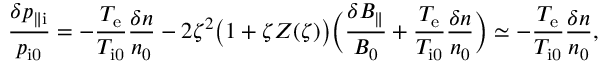
\frac { \delta p _ { \parallel \mathrm { i } } } { p _ { \mathrm { i 0 } } } = - \frac { T _ { \mathrm { e } } } { T _ { \mathrm { i 0 } } } \frac { \delta n } { n _ { 0 } } - 2 \zeta ^ { 2 } \bigl ( 1 + \zeta Z ( \zeta ) \bigr ) \biggl ( \frac { \delta B _ { \parallel } } { B _ { 0 } } + \frac { T _ { \mathrm { e } } } { T _ { \mathrm { i 0 } } } \frac { \delta n } { n _ { 0 } } \biggr ) \simeq - \frac { T _ { \mathrm { e } } } { T _ { \mathrm { i 0 } } } \frac { \delta n } { n _ { 0 } } ,